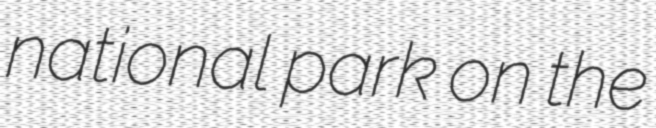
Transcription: national park on the